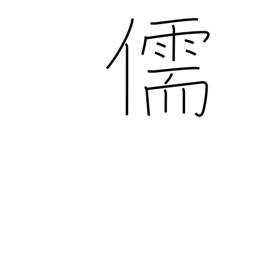
Meaning: Confucian